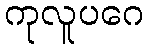
ကုလူပဂေ